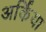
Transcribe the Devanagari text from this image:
अर्किया